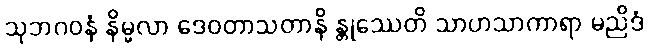
သုဘဂဝနံ နိမ္မလာ ဒေဝတာသတာနိ န္တုဿေတိ သာဟသာကာရာ မညိဒံ